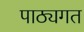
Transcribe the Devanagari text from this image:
पाठ्यगत